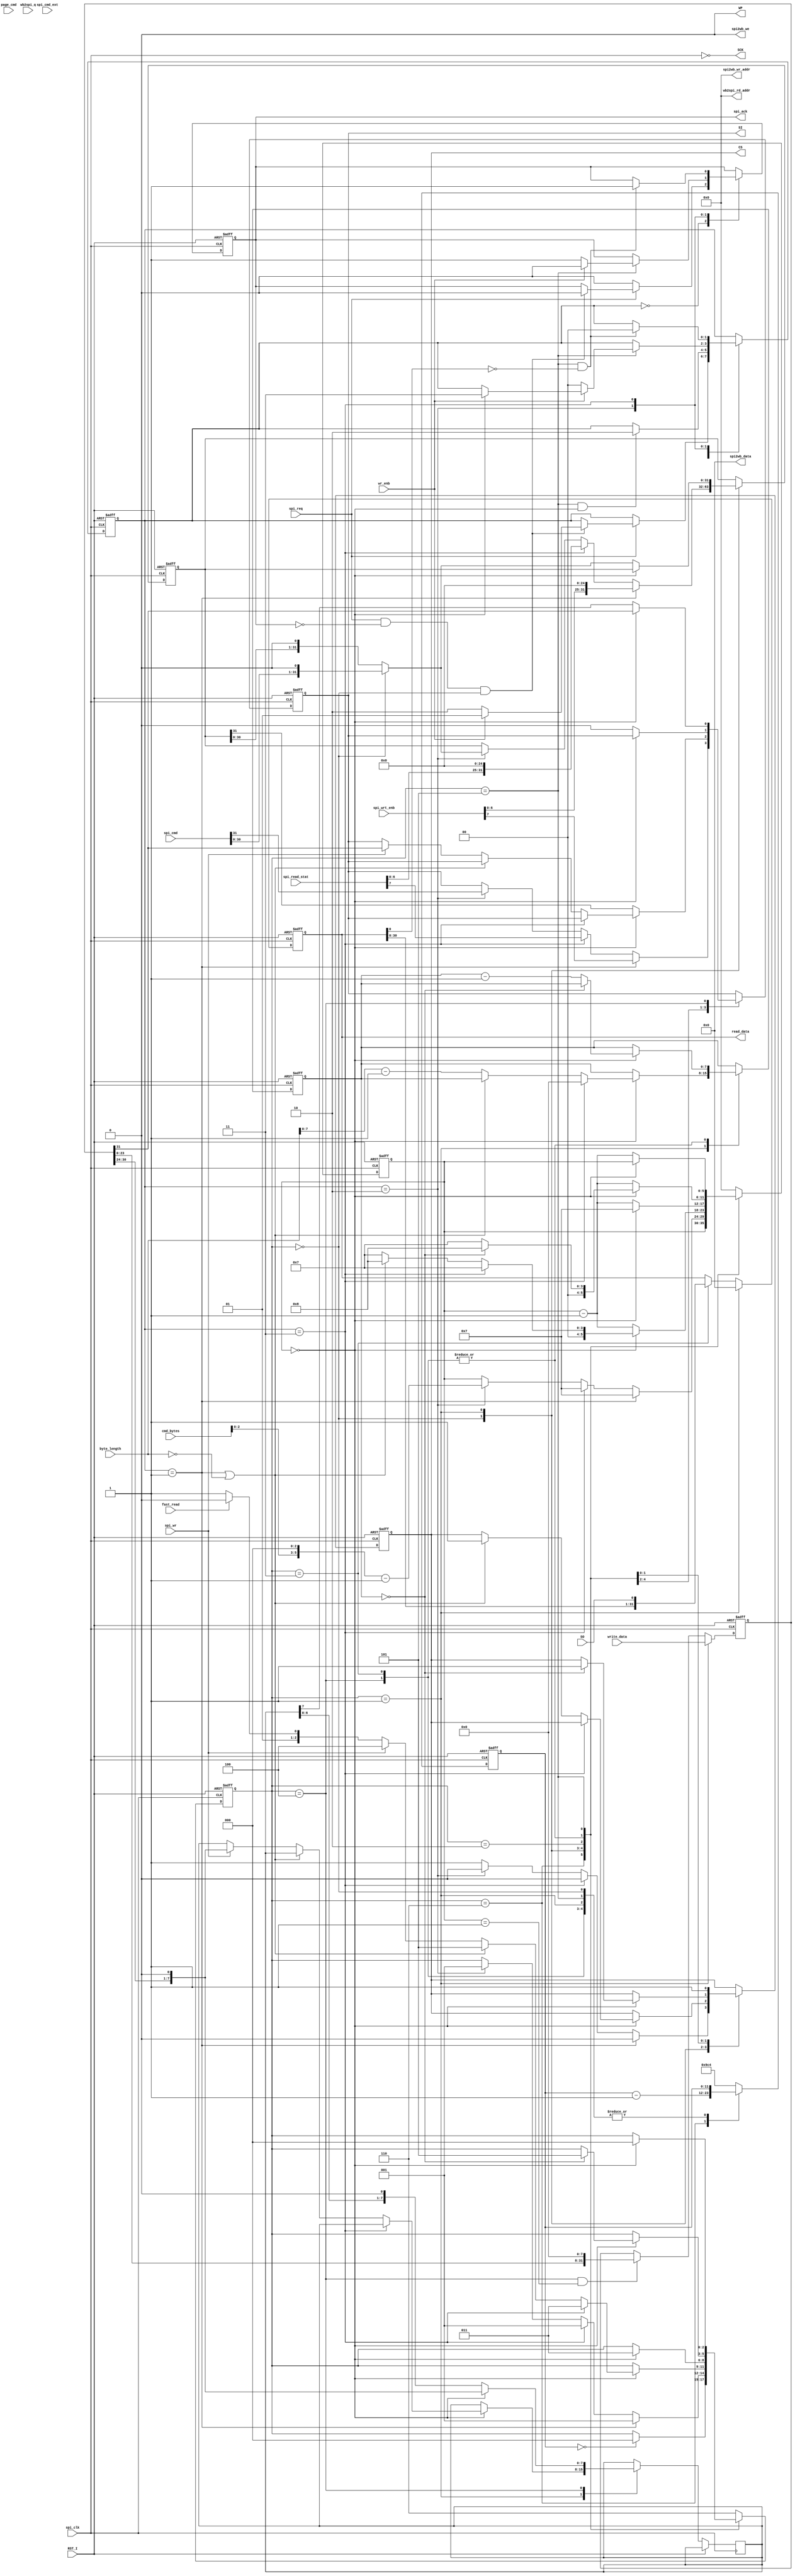
//   ==================================================================
//   >>>>>>>>>>>>>>>>>>>>>>> COPYRIGHT NOTICE <<<<<<<<<<<<<<<<<<<<<<<<<
//   ------------------------------------------------------------------
//   Copyright (c) 2006-2011 by Lattice Semiconductor Corporation
//   ALL RIGHTS RESERVED 
//   ------------------------------------------------------------------
//
//   IMPORTANT: THIS FILE IS AUTO-GENERATED BY THE LATTICEMICO SYSTEM.
//
//   Permission:
//
//      Lattice Semiconductor grants permission to use this code
//      pursuant to the terms of the Lattice Semiconductor Corporation
//      Open Source License Agreement.  
//
//   Disclaimer:
//
//      Lattice Semiconductor provides no warranty regarding the use or
//      functionality of this code. It is the user's responsibility to
//      verify the users design for consistency and functionality through
//      the use of formal verification methods.
//
//   --------------------------------------------------------------------
//
//                  Lattice Semiconductor Corporation
//                  5555 NE Moore Court
//                  Hillsboro, OR 97214
//                  U.S.A
//
//                  TEL: 1-800-Lattice (USA and Canada)
//                         503-286-8001 (other locations)
//
//                  web: http://www.latticesemi.com/
//
//   --------------------------------------------------------------------
//                         FILE DETAILS
// Project          : SPI Flash Controller
// Title            : Module that implements SPI signalling.
// Version          : 3.0
//                  : Initial version (replaces deprecated SPI Flash ROM v3.1)
// Version          : 3.2
//                  : Support for 8-bit WISHBONE Data Bus (to design systems
//                  : for LM8).
// =============================================================================
module spi_flash_intf
  #(parameter WB_DAT_WIDTH      = 32,
    parameter C_PORT_ENABLE     = 0,
    parameter C_WB_DAT_WIDTH    = 32,
    parameter PAGE_PRG_BUF_ENA  = 0,
    parameter PAGE_READ_BUF_ENA = 0,
    parameter BUF_WIDTH         = 6,
    parameter PAGE_WIDTH        = 8
   )
   (
    // SPI flash signals
    input  SO,     // Serial data from SPI flash
    output reg SI, // Serial data to SPI flash
    output reg CS, // SPI flash chip select
    output SCK,    // Serial clock to SPI flash
    output WP,     // Write protect
    
    // command from wishbone to SPI flash signals
    input [31:0] spi_cmd, // command and address send to spi flash
    input [31:0] spi_cmd_ext, // extended high 4 bytes of command address send to spi flash (only used for arbitrary command)
    input [3:0] cmd_bytes, // command and address byte numbers send to spi flash
    input [PAGE_WIDTH:0] byte_length, // data bytes after address command
    input page_cmd, // page program or page read command
    input wr_enb, // precede a write enable command
    output reg [WB_DAT_WIDTH-1:0] read_data, // return data from spi flash
    input [WB_DAT_WIDTH-1:0] write_data, // data write to spi flash
    input [7:0] spi_wrt_enb, // spi write enable command byte
    input [7:0] spi_read_stat, // spi read status register command byte
    input fast_read, // read command is fast read
    input spi_wr, // asserted when spi write command
    input spi_req, // request a spi command, deasserted when detect a positive edge on spi_ack
    output reg spi_ack, // acknowledge a spi command, deasserted when the transaction is finished
    
    output [BUF_WIDTH-1:0] wb2spi_rd_addr,
    input [C_WB_DAT_WIDTH-1:0] wb2spi_q,
    
    output [BUF_WIDTH-1:0] spi2wb_wr_addr,
    output [C_WB_DAT_WIDTH-1:0] spi2wb_data,
    output spi2wb_we,
    
    // system signals
    input            spi_clk,
    input            RST_I
    );
   
   // cmd_state state machine
   parameter CMD_IDLE   = 2'b00;
   parameter CMD_ENB    = 2'b01;
   parameter CMD_SPI    = 2'b10;
   parameter CMD_CHK    = 2'b11;
   // spi_state state machine
   parameter SPI_IDLE   = 3'b000;
   parameter SPI_OPCODE = 3'b001;
   parameter SPI_WAIT   = 3'b010;
   parameter SPI_READ   = 3'b011;
   parameter SPI_WRITE  = 3'b100;
   parameter SPI_END    = 3'b101;
   parameter SPI_INIT   = 3'b110;
   
   parameter STOP_CYCLE = 8;  // for 100MHz, 100ns/period(ns)-2
   
   reg [1:0] 			cmd_state;
   reg [2:0] 			spi_state;
   reg [5:0] 			bit_cnt;
   reg [11:0] 			spi_init_delay;
   
   reg [31:0] 			cmd_dword;
   reg [PAGE_WIDTH-1:0] 	byte_cnt;
   reg [7:0] 			byte_wr;
   reg [31:0] 			dword_wr;
   
   assign SCK = !spi_clk;
   assign WP  = 1'b0;
   
   always @(posedge spi_clk or posedge RST_I)
     if (RST_I) begin
	cmd_state <= CMD_IDLE;
	spi_ack   <= 1'b0;
     end 
     else 
       case(cmd_state)
	 CMD_IDLE:
	   if (spi_req == 1'b0)
	     spi_ack   <= 1'b0;
           else if (spi_req && ~spi_ack && spi_state == SPI_IDLE) begin
              spi_ack   <= 1'b0;
              if (wr_enb)
		cmd_state <= CMD_ENB;
              else
		cmd_state <= CMD_SPI;
           end
	 CMD_ENB:
	   if (spi_state == SPI_END && bit_cnt == 0)
             cmd_state <= CMD_SPI;
	 CMD_SPI:
	   if (spi_state == SPI_END) begin
              if (wr_enb) begin
		 if (bit_cnt == 0)
                   cmd_state <= CMD_CHK;
		 spi_ack   <= 1'b0;
              end 
	      else begin
		 cmd_state <= CMD_IDLE;
		 spi_ack   <= 1'b1;
              end
           end
	 CMD_CHK:
	   if (spi_state == SPI_END && read_data[0] == 1'b0)begin
              cmd_state <= CMD_IDLE;
              spi_ack   <= 1'b1;
           end
	 
	 default: begin
            cmd_state <= CMD_IDLE;
         end
       endcase

   wire [31:0] int_cmd_dword;
   wire        int_SI;
   generate
      if (C_PORT_ENABLE == 1) begin
	 
	 assign int_cmd_dword = ((spi_state == SPI_IDLE)
				 ? ((cmd_bytes > 4)
				    ? ((cmd_bytes == 5) 
				       ? {spi_cmd_ext[6:0], 1'b0, 24'b0}
				       : ((cmd_bytes == 6)
					  ? {spi_cmd_ext[14:0],1'b0, 16'b0}
					  : ((cmd_bytes == 7)
					     ? {spi_cmd_ext[22:0],1'b0, 8'b0}
					     : ((cmd_bytes == 8)
						? {spi_cmd_ext[30:0],1'b0}
						: spi_cmd<<1
						)
					     )
					  )
				       )
				    : spi_cmd<<1
				    )
				 : (bit_cnt == 32) ? spi_cmd : cmd_dword<<1
				 );
	 assign int_SI = ((cmd_bytes > 4)
			  ? ((cmd_bytes == 5) 
			     ? spi_cmd_ext[7]
			     : ((cmd_bytes == 6)
				? spi_cmd_ext[15]
				: ((cmd_bytes == 7)
				   ? spi_cmd_ext[23]
				   : ((cmd_bytes == 8)
				      ? spi_cmd_ext[31]
				      : spi_cmd[31]
				      )
				   )
				)
			     )
			  : spi_cmd[31]
			  );
	 
      end
      else begin
	 
	 assign int_cmd_dword = (spi_state == SPI_IDLE) ? spi_cmd<<1 : cmd_dword<<1;
	 assign int_SI = spi_cmd[31];
	 
      end
   endgenerate
	   
   
   always @(posedge spi_clk or posedge RST_I)
     if (RST_I) begin
	spi_state <= SPI_INIT;
	cmd_dword <= 32'h000000;
	bit_cnt   <= 6'b000000;
	CS        <= 1'b1;
	SI        <= 1'b0;
	byte_cnt  <= 0;
	spi_init_delay  <= 12'h9c4;
     end 
     else 
       case(spi_state)
	 SPI_INIT: begin
            spi_init_delay <= spi_init_delay - 1;
            if (spi_init_delay == 12'h000)
              spi_state <= SPI_IDLE;
         end
	 
	 SPI_IDLE:
	   if (cmd_state == CMD_ENB) begin
              spi_state <= SPI_OPCODE;
              cmd_dword <= {spi_wrt_enb[6:0],25'h0000};
              bit_cnt   <= 7;
              CS        <= 1'b0;
              SI        <= spi_wrt_enb[7];
           end 
	   else if (cmd_state == CMD_CHK) begin
              spi_state <= SPI_OPCODE;
              cmd_dword <= {spi_read_stat[6:0],25'h0000};
              bit_cnt   <= 7;
              CS        <= 1'b0;
              SI        <= spi_read_stat[7];
           end 
	   else if (cmd_state == CMD_SPI) begin
              spi_state <= SPI_OPCODE;
	      cmd_dword <= int_cmd_dword;
              bit_cnt   <= (cmd_bytes<<3) - 1;
              CS        <= 1'b0;
	      SI        <= int_SI;
           end 
	   else
             CS         <= 1'b1;
	 
	 SPI_OPCODE:
	   if (bit_cnt == 0) begin
              if (cmd_state == CMD_CHK) begin
                 spi_state <= SPI_READ;
                 bit_cnt   <= 7;
                 byte_cnt  <= 0;
              end 
	      else if (cmd_state == CMD_ENB || byte_length == 0) begin
                 spi_state <= SPI_END;
                 CS        <= 1'b1;
                 bit_cnt   <= STOP_CYCLE;
              end 
	      else if (spi_wr) begin
                 spi_state <= SPI_WRITE;
                 bit_cnt   <= 7;
                 byte_cnt  <= byte_length - 1;
                 SI        <= dword_wr[31];
                 byte_wr   <= {dword_wr[30:24],1'b0};
              end 
	      else begin
                 if (fast_read)
                   spi_state <= SPI_WAIT;
                 else
                   spi_state <= SPI_READ;
                 bit_cnt   <= 7;
                 byte_cnt  <= byte_length - 1;
              end
           end 
	   else begin
              bit_cnt      <= bit_cnt - 1;
              SI           <= cmd_dword[31];
              cmd_dword    <= int_cmd_dword;
           end
	 
	 SPI_WAIT: 
		if (bit_cnt == 0) begin
            spi_state <= SPI_READ;
			bit_cnt <= 7;
			end
		else begin
			bit_cnt <= bit_cnt - 1;
			SI <= 1'b0;
		end
	 
	 SPI_READ:
	   if (bit_cnt == 0) begin
              if (byte_cnt == 0) begin
                 spi_state <= SPI_END;
                 CS        <= 1'b1;
                 bit_cnt   <= STOP_CYCLE;
              end 
	      else begin
                 bit_cnt  <= 7;
                 byte_cnt <= byte_cnt - 1;
              end
           end 
	   else begin
              bit_cnt  <= bit_cnt - 1;
           end
	 
	 SPI_WRITE:
	   if (bit_cnt == 0) begin
              SI        <= dword_wr[31];
              byte_wr   <= {dword_wr[30:24],1'b0};
              if (byte_cnt == 0) begin
                 spi_state <= SPI_END;
                 CS        <= 1'b1;
                 bit_cnt   <= STOP_CYCLE;
              end 
	      else begin
                 bit_cnt  <= 7;
                 byte_cnt <= byte_cnt - 1;
              end
           end 
	   else begin
              bit_cnt <= bit_cnt - 1;
              SI      <= byte_wr[7];
              byte_wr <= byte_wr<<1;
           end
	 
	 SPI_END:
	   if (bit_cnt == 0) begin
              spi_state <= SPI_IDLE;
              CS      <= 1'b1;
           end else begin
              bit_cnt <= bit_cnt - 1;
              CS      <= 1'b1;
           end
	 
	 default: begin
            spi_state <= SPI_INIT;
            spi_init_delay  <= 12'h9c4;
            bit_cnt   <= 0;
         end
       endcase

   generate

      if (WB_DAT_WIDTH == 8) begin
	 
	 always @(posedge spi_clk or posedge RST_I)
	   begin
	      if (RST_I)
		read_data <= 8'h00;
	      else if (spi_state == SPI_OPCODE)
		read_data <= 8'h00;
	      else if (spi_state == SPI_READ)
		read_data <= {read_data[6:0],SO};
	   end
	 
      end // if (WB_DAT_WIDTH == 8)
      else begin
	 
	 always @(posedge spi_clk or posedge RST_I)
	   begin
	      if (RST_I)
		read_data <= 32'h00000000;
	      else if (spi_state == SPI_OPCODE)
		read_data <= 32'h00000000;
	      else if (spi_state == SPI_READ)
		read_data <= {read_data[30:0],SO};
	   end
	 
      end // else: !if(WB_DAT_WIDTH == 8)
            
   endgenerate
   
   generate
      
      if (PAGE_PRG_BUF_ENA == 1) begin
	 
	 reg   [BUF_WIDTH+1:0] page_wr_addr;
	 
	 if (C_WB_DAT_WIDTH == 8) begin
	    
	    assign wb2spi_rd_addr = page_wr_addr;
	    
	    always @(posedge spi_clk or posedge RST_I)
	      begin
		 if (RST_I)
		   page_wr_addr <= 0;
		 else if (page_cmd && spi_wr) begin
		    if (spi_state == SPI_OPCODE)
		      page_wr_addr <= spi_cmd[BUF_WIDTH+1:0];
		    else if ((spi_state == SPI_WRITE) && (bit_cnt == 7))
		      page_wr_addr <= page_wr_addr + 1;
		 end
	      end // always @ (posedge spi_clk or posedge RST_I)
	    	    
	    always @(posedge spi_clk or posedge RST_I)
	      begin
		 if (RST_I)
		   dword_wr          <= 32'h00000000;
		 else if (spi_state == SPI_OPCODE)
		   if (page_cmd)
		     dword_wr[31:24] <= wb2spi_q;
	    	   else
		     dword_wr[31:24] <= write_data;
		 else if ((spi_state == SPI_WRITE) && (bit_cnt == 1))
		   dword_wr[31:24] <= wb2spi_q;
	      end // always @ (posedge spi_clk or posedge RST_I)
	    
	 end // if (C_WB_DAT_WIDTH == 8)
	 else begin
	    
	    assign wb2spi_rd_addr = page_wr_addr>>2;
	    
	    always @(posedge spi_clk or posedge RST_I)
	      begin
		 if (RST_I)
		   page_wr_addr <= 0;
		 else if (page_cmd && spi_wr) begin
		    if (spi_state == SPI_OPCODE)
		      page_wr_addr <= spi_cmd[BUF_WIDTH+1:0];
		    else if (spi_state == SPI_WRITE && bit_cnt == 7)
		      page_wr_addr <= page_wr_addr + 1;
		 end
	      end // always @ (posedge spi_clk or posedge RST_I)
	    	    
	    always @(posedge spi_clk or posedge RST_I)
	      begin
		 if (RST_I)
		   dword_wr  <= 32'h00000000;
		 else if (spi_state == SPI_OPCODE) begin
		    if (page_cmd)
		      case(page_wr_addr[1:0])
			2'b00:dword_wr[31:24]  <= wb2spi_q[31:24];
			2'b01:dword_wr[31:24]  <= wb2spi_q[23:16];
			2'b10:dword_wr[31:24]  <= wb2spi_q[15:8];
			2'b11:dword_wr[31:24]  <= wb2spi_q[7:0];
		      endcase
		    else
		      dword_wr  <= write_data;
		 end
		 else if (spi_state == SPI_WRITE && bit_cnt == 1) begin
		    if (page_cmd)
		      case(page_wr_addr[1:0])
			2'b00:dword_wr[31:24]  <= wb2spi_q[31:24];
			2'b01:dword_wr[31:24]  <= wb2spi_q[23:16];
			2'b10:dword_wr[31:24]  <= wb2spi_q[15:8];
			2'b11:dword_wr[31:24]  <= wb2spi_q[7:0];
		      endcase
		    else
		      dword_wr  <= dword_wr << 8;
		 end
	      end // always @ (posedge spi_clk or posedge RST_I)
	    
	 end // else: !if(C_WB_DAT_WIDTH == 8)
	 
      end // if (PAGE_PRG_BUF_ENA == 1)
      else begin
	 
	 assign wb2spi_rd_addr = 0;
	 
	 if (C_WB_DAT_WIDTH == 8) begin
	    
	    always @(posedge spi_clk or posedge RST_I)
	      begin
		 if (RST_I)
		   dword_wr        <= 32'h00000000;
		 else if (spi_state == SPI_OPCODE)
		   dword_wr[31:24] <= write_data;
	      end
	    
	 end
	 else begin
	    
	    always @(posedge spi_clk or posedge RST_I)
	      begin
		 if (RST_I)
		   dword_wr  <= 32'h00000000;
		 else if (spi_state == SPI_OPCODE)
		   dword_wr  <= write_data;
		 else if (spi_state == SPI_WRITE && bit_cnt == 1)
		   dword_wr  <= dword_wr<<8;
	      end
	    
	 end // else: !if(C_WB_DAT_WIDTH == 8)
	 	 
      end // else: !if (PAGE_PRG_BUF_ENA == 1)
      
   endgenerate

   generate
      
      if (PAGE_READ_BUF_ENA == 1) begin
	 
	 reg [C_WB_DAT_WIDTH-1:0] reg_spi2wb_data;
	 reg [BUF_WIDTH+1:0] 	  page_rd_addr;
	 reg [BUF_WIDTH-1:0] 	  reg_spi2wb_wr_addr;
	 reg 			  reg_spi2wb_wr;
	 reg 			  reg_spi2wb_we;
	 
	 if (C_WB_DAT_WIDTH == 8) begin
	    
	    always @(posedge spi_clk or posedge RST_I)
	      begin
		 if (RST_I) begin
		    page_rd_addr <= 0;
		    reg_spi2wb_we    <= 1'b0;
		    reg_spi2wb_data  <= 8'h00;
		 end 
		 else if (page_cmd && (spi_wr == 1'b0)) begin
		    if (spi_state == SPI_OPCODE) begin
		       page_rd_addr <= spi_cmd[BUF_WIDTH+1:0];
		       reg_spi2wb_we <= 1'b0;
		    end 
		    else if ((spi_state == SPI_READ) && (bit_cnt == 0)) begin
		       page_rd_addr <= page_rd_addr + 1;
		       reg_spi2wb_we <= 1'b1;
		       reg_spi2wb_wr_addr <= page_rd_addr;
		       reg_spi2wb_data <= {read_data[6:0],SO};
		    end 
		    else
		      reg_spi2wb_we <= 1'b0;
		 end 
		 else
		   reg_spi2wb_we <= 1'b0;
	      end // always @ (posedge spi_clk or posedge RST_I)
	    
	 end // if (C_WB_DAT_WIDTH == 8)
	 else begin
	    
	    always @(posedge spi_clk or posedge RST_I)
	      begin
		 if (RST_I) begin
		    page_rd_addr <= 0;
		    reg_spi2wb_we <= 1'b0;
		    reg_spi2wb_data <= 32'h00000000;
		 end 
		 else if (page_cmd && (spi_wr == 1'b0)) begin
		    if (spi_state == SPI_OPCODE) begin
		       page_rd_addr <= spi_cmd[BUF_WIDTH+1:0];
		       reg_spi2wb_we <= 1'b0;
		    end 
		    else if ((spi_state == SPI_READ) && (bit_cnt == 0)) begin
		       page_rd_addr <= page_rd_addr + 1;
		       if (page_rd_addr[1:0] == 2'b11) begin
			  reg_spi2wb_we <= 1'b1;
			  reg_spi2wb_wr_addr <= page_rd_addr>>2;
			  reg_spi2wb_data <= {read_data[30:0],SO};
		       end 
		       else if (byte_cnt == 0) begin
			  reg_spi2wb_we <= 1'b1;
			  reg_spi2wb_wr_addr <= page_rd_addr>>2;
			  case(page_rd_addr[1:0])
			    2'b00:reg_spi2wb_data <= {read_data[6:0],SO,24'h0000};
			    2'b01:reg_spi2wb_data <= {read_data[14:0],SO,16'h0000};
			    2'b10:reg_spi2wb_data <= {read_data[22:0],SO,8'h00};
			    2'b11:reg_spi2wb_data <= {read_data[30:0],SO};
			    default:
			      reg_spi2wb_data <= {read_data[30:0],SO};
			  endcase
		       end 
		       else
			 reg_spi2wb_we <= 1'b0;
		    end 
		    else
		      reg_spi2wb_we <= 1'b0;
		 end 
		 else
		   reg_spi2wb_we <= 1'b0;
	      end // always @ (posedge spi_clk or posedge RST_I)
	    
	 end // else: !if(C_WB_DAT_WIDTH == 8)
	 	 
	 assign spi2wb_wr_addr = reg_spi2wb_wr_addr;
	 assign spi2wb_data = reg_spi2wb_data;
	 assign spi2wb_we = reg_spi2wb_we;
	 
      end // if (PAGE_READ_BUF_ENA == 1)
      else begin
	 
	 assign spi2wb_wr_addr = 0;
	 assign spi2wb_data = 0;
	 assign spi2wb_we = 0;
	 
      end // else: !if (PAGE_READ_BUF_ENA == 1)
      
   endgenerate
   
endmodule